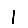
Digit: 1